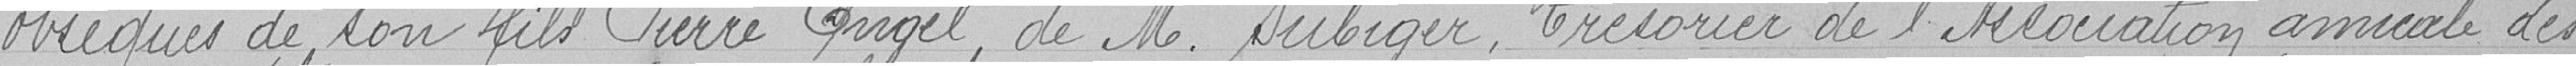
obséques de son fils Pierre Angel, de Monsieur Subiger, Trésorier de l'Association amicale des